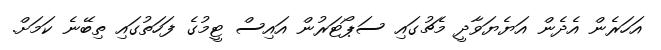
އަހަރެން އެދެން އަޔެޔަވާދީ މެޗުގައި ސަޕޯޓަރުން އައިސް ޓީމުގެ ފަހަތުގައި ތިބޭނެ ކަމަށް.